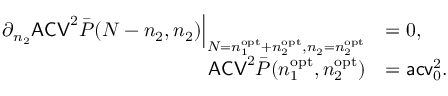
\begin{array} { r l } { \partial _ { n _ { 2 } } \mathsf { A C V } ^ { 2 } \bar { P } ( N - n _ { 2 } , n _ { 2 } ) \Big | _ { N = n _ { 1 } ^ { \mathrm { o p t } } + n _ { 2 } ^ { \mathrm { o p t } } , n _ { 2 } = n _ { 2 } ^ { \mathrm { o p t } } } } & { = 0 , } \\ { \mathsf { A C V } ^ { 2 } \bar { P } ( n _ { 1 } ^ { \mathrm { o p t } } , n _ { 2 } ^ { \mathrm { o p t } } ) } & { = \mathsf { a c v } _ { 0 } ^ { 2 } . } \end{array}